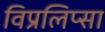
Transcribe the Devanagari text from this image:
विप्रलिप्सा